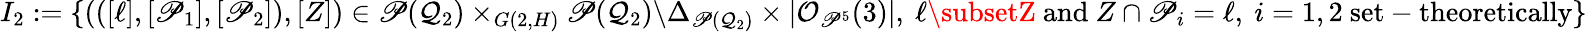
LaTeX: I_{2}:=\{ (([\ell],[\mathscr{P}_{1}],[\mathscr{P}_{2}]),[Z])\in\mathbb{\mathscr{P}}(\mathcal{Q}_{2})\times_{G(2,H)}\mathbb{\mathscr{P}}(\mathcal{Q}_{2})\backslash\Delta_{\mathbb{\mathscr{P}}(\mathcal{Q}_{2})}\times|\mathcal{O}_{\mathbb{\mathscr{P}}^{5}}(3)|,\ \ell\subsetZ\ \mathrm{{and}}\ Z\cap\mathscr{P}_{i}=\ell,\ i=1,2\ \mathrm{{set-theoretically}}\}